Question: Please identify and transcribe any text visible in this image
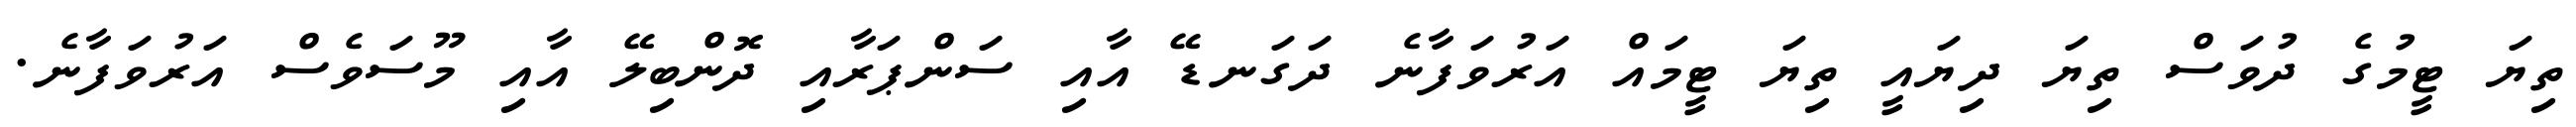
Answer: ތިޔަ ޓީމުގެ ދުވަސް ތިޔަ ދިޔައީ ތިޔަ ޓީމައް އަރުވަފާނެ ދަގަނޑޭ އާއި ސަންޕަރާއި ދޮންބިލޭ އާއި މޫސަވެސް އަރުވަފާނެ.